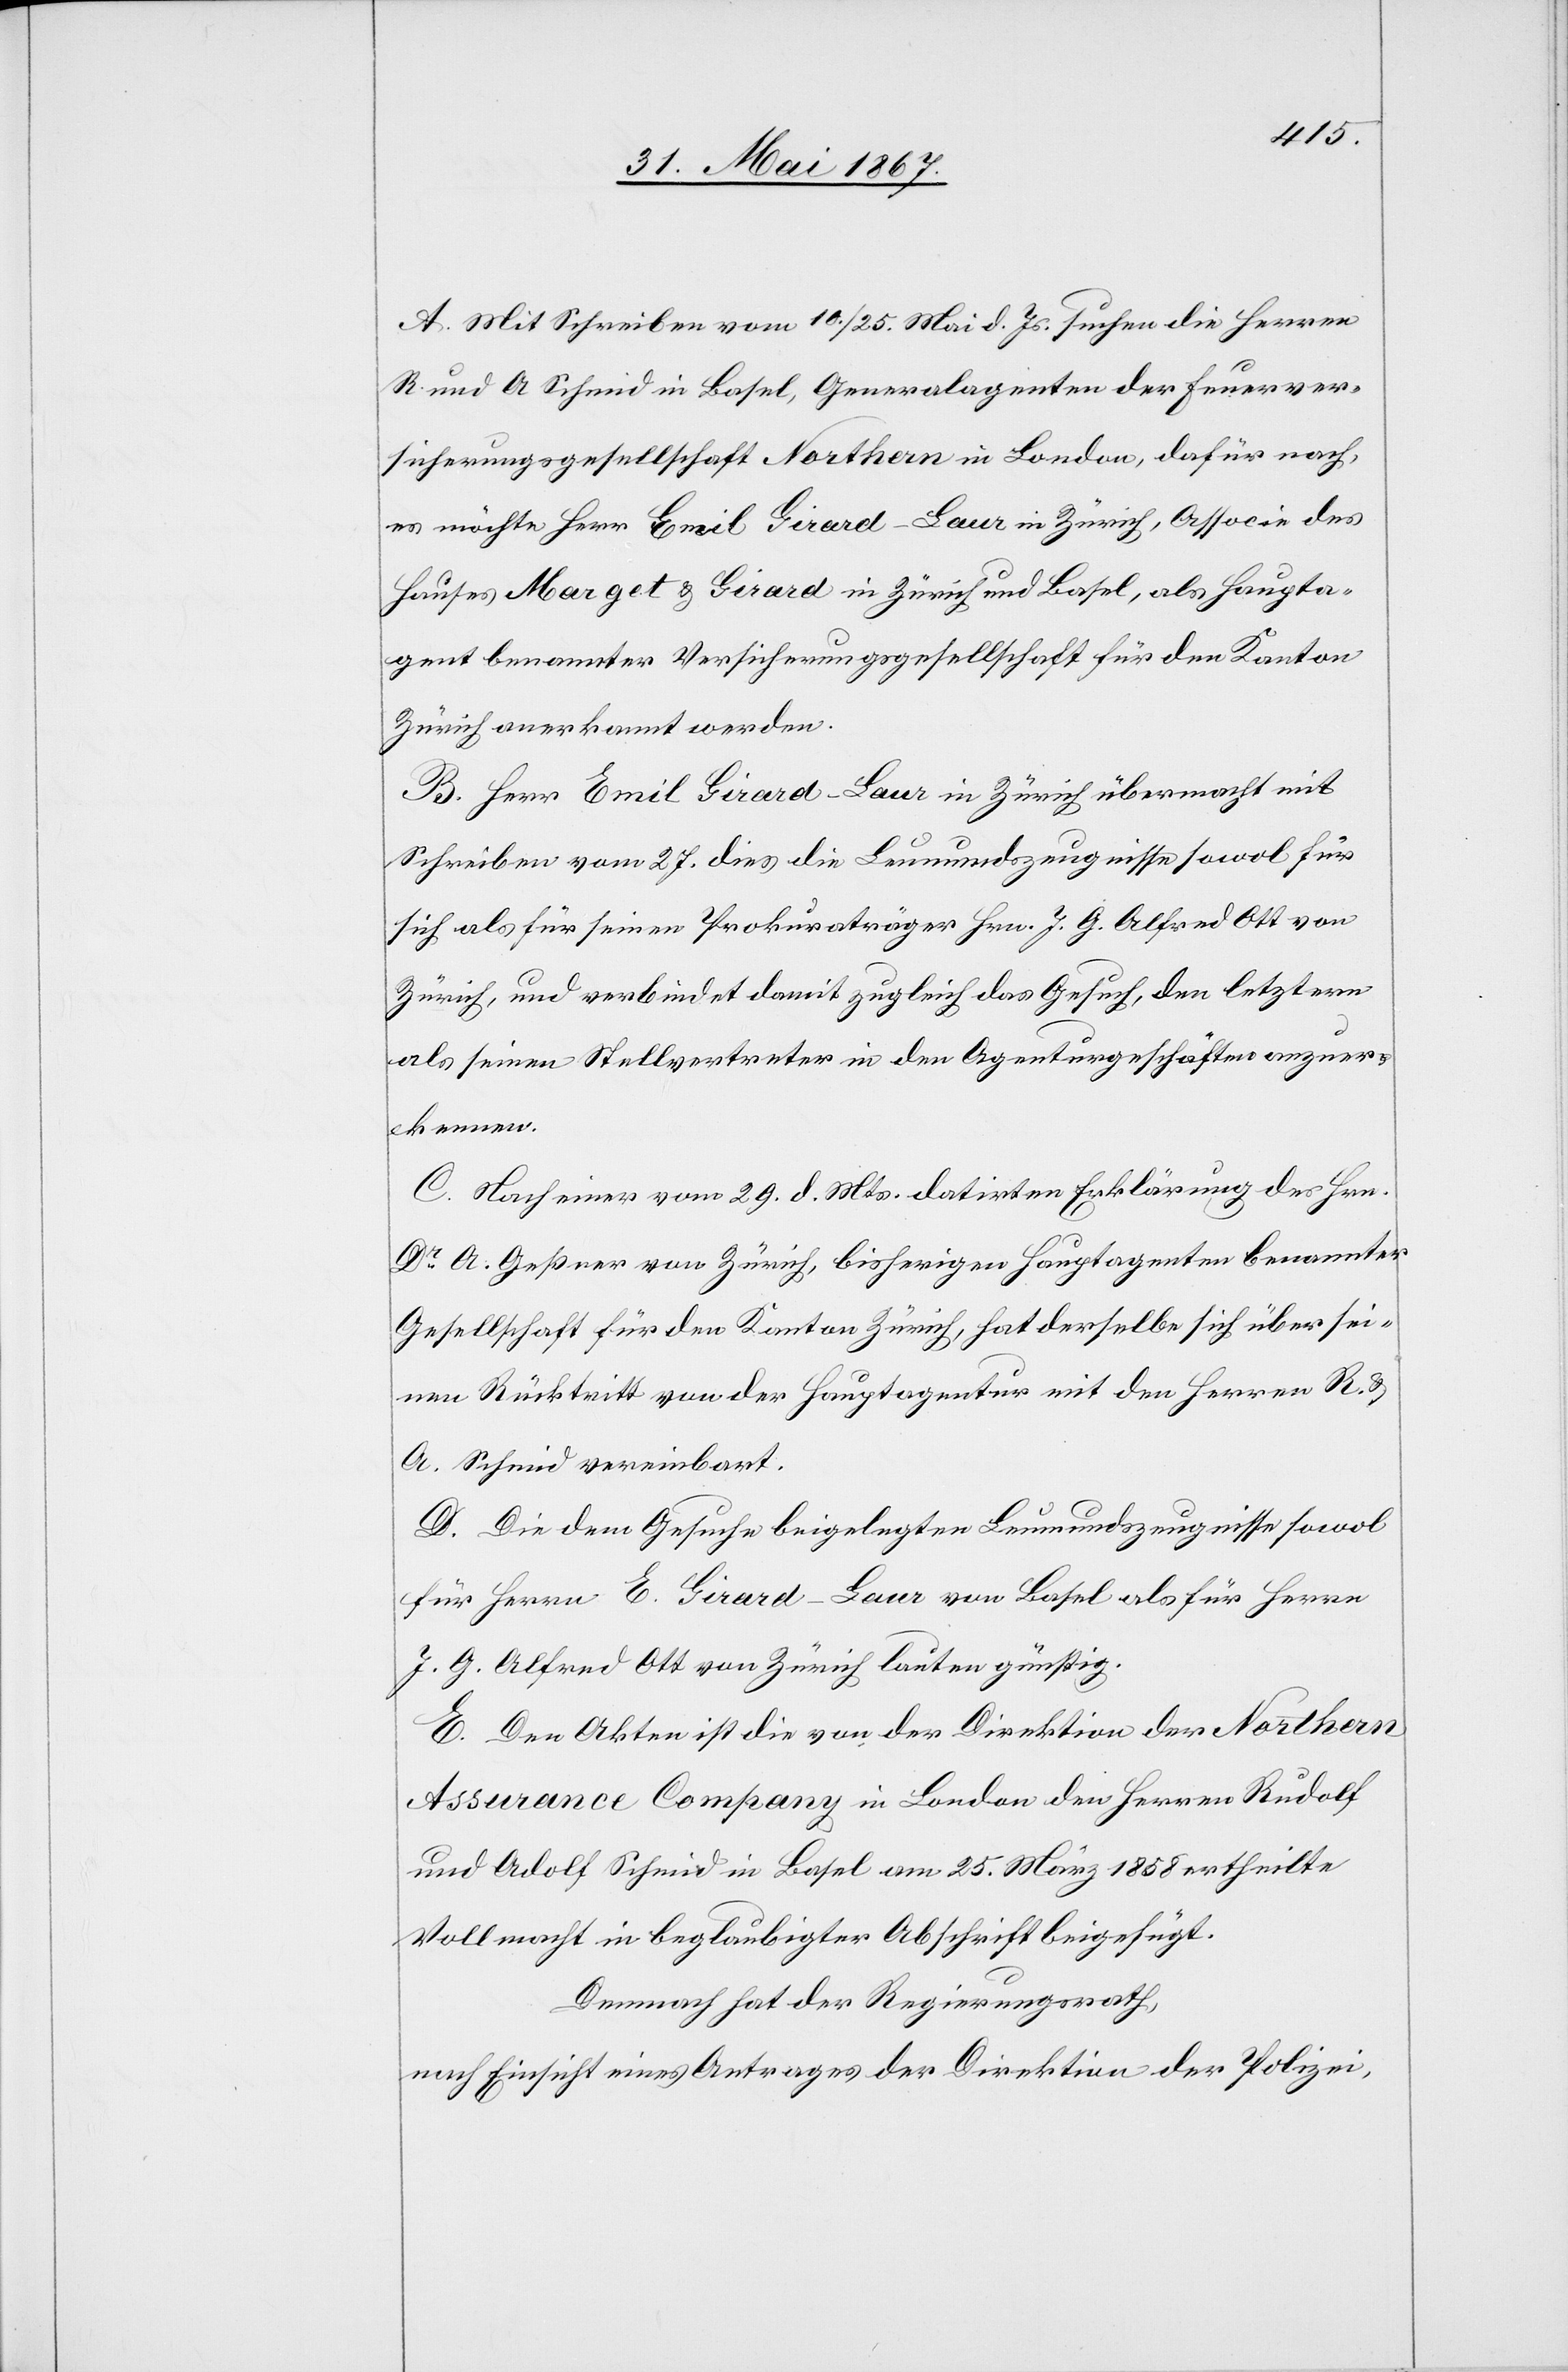
A. Mit Schreiben vom 10. / 25. Mai d. Js. suchen die Herren
R und A Schmid in Basel, Generalagenten der Feuerver¬
sicherungsgesellschaft Northern in London, dafür nach,
es möchte Herr Emil Girard-Baur in Zürich, Associé des
Hauses Marget u. Girard in Zürich und Basel, als Haupta¬
gent benannter Versicherungsgesellschaft für den Kanton
Zürich anerkannt werden.
B. Herr Emil Girard-Baur in Zürich übermacht mit
Schreiben vom 27. dies die Leumdenszeugnisse sowol für
sich als für seinen Prokuraträger Hrn. J. G. Alfred Ott von
Zürich, und verbindet damit zugleich das Gesuch, den letztern
als seinen Stellvertreter in den Agenturgeschäften anzuer¬
kennen.
C. Nach einer vom 29. d. Mts. datirten Erklärung des Hrn.
Dr. A. Geßner von Zürich, bisherigen Hautagenten benannter
Gesellschaft für den Kanton Zürich, hat derselbe sich über sei¬
nen Rücktritt von der Hauptagentur mit den Herren R. u.
A. Schmid vereinbart.
D. Die dem Gesuche beigelegten Leumdenszeugnisse sowol
für Herrn E. Girard-Baur von Basel als für Herrn
J. G. Alfred Ott von Zürich lauten günstig.
E. Den Akten ist die von der Direktion der Northern
Assurance Company in London den Herren Rudolf
und Adolf Schmid in Basel am 25. März 1858 ertheilte
Vollmacht in beglaubigter Abschrift beigefügt.
Demnach hat der Regierungsrath,
nach Einsicht eines Antrages der Direktion der Polizei.